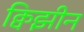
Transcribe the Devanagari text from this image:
क्विझीन